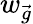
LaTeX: w_{\vec{g}}